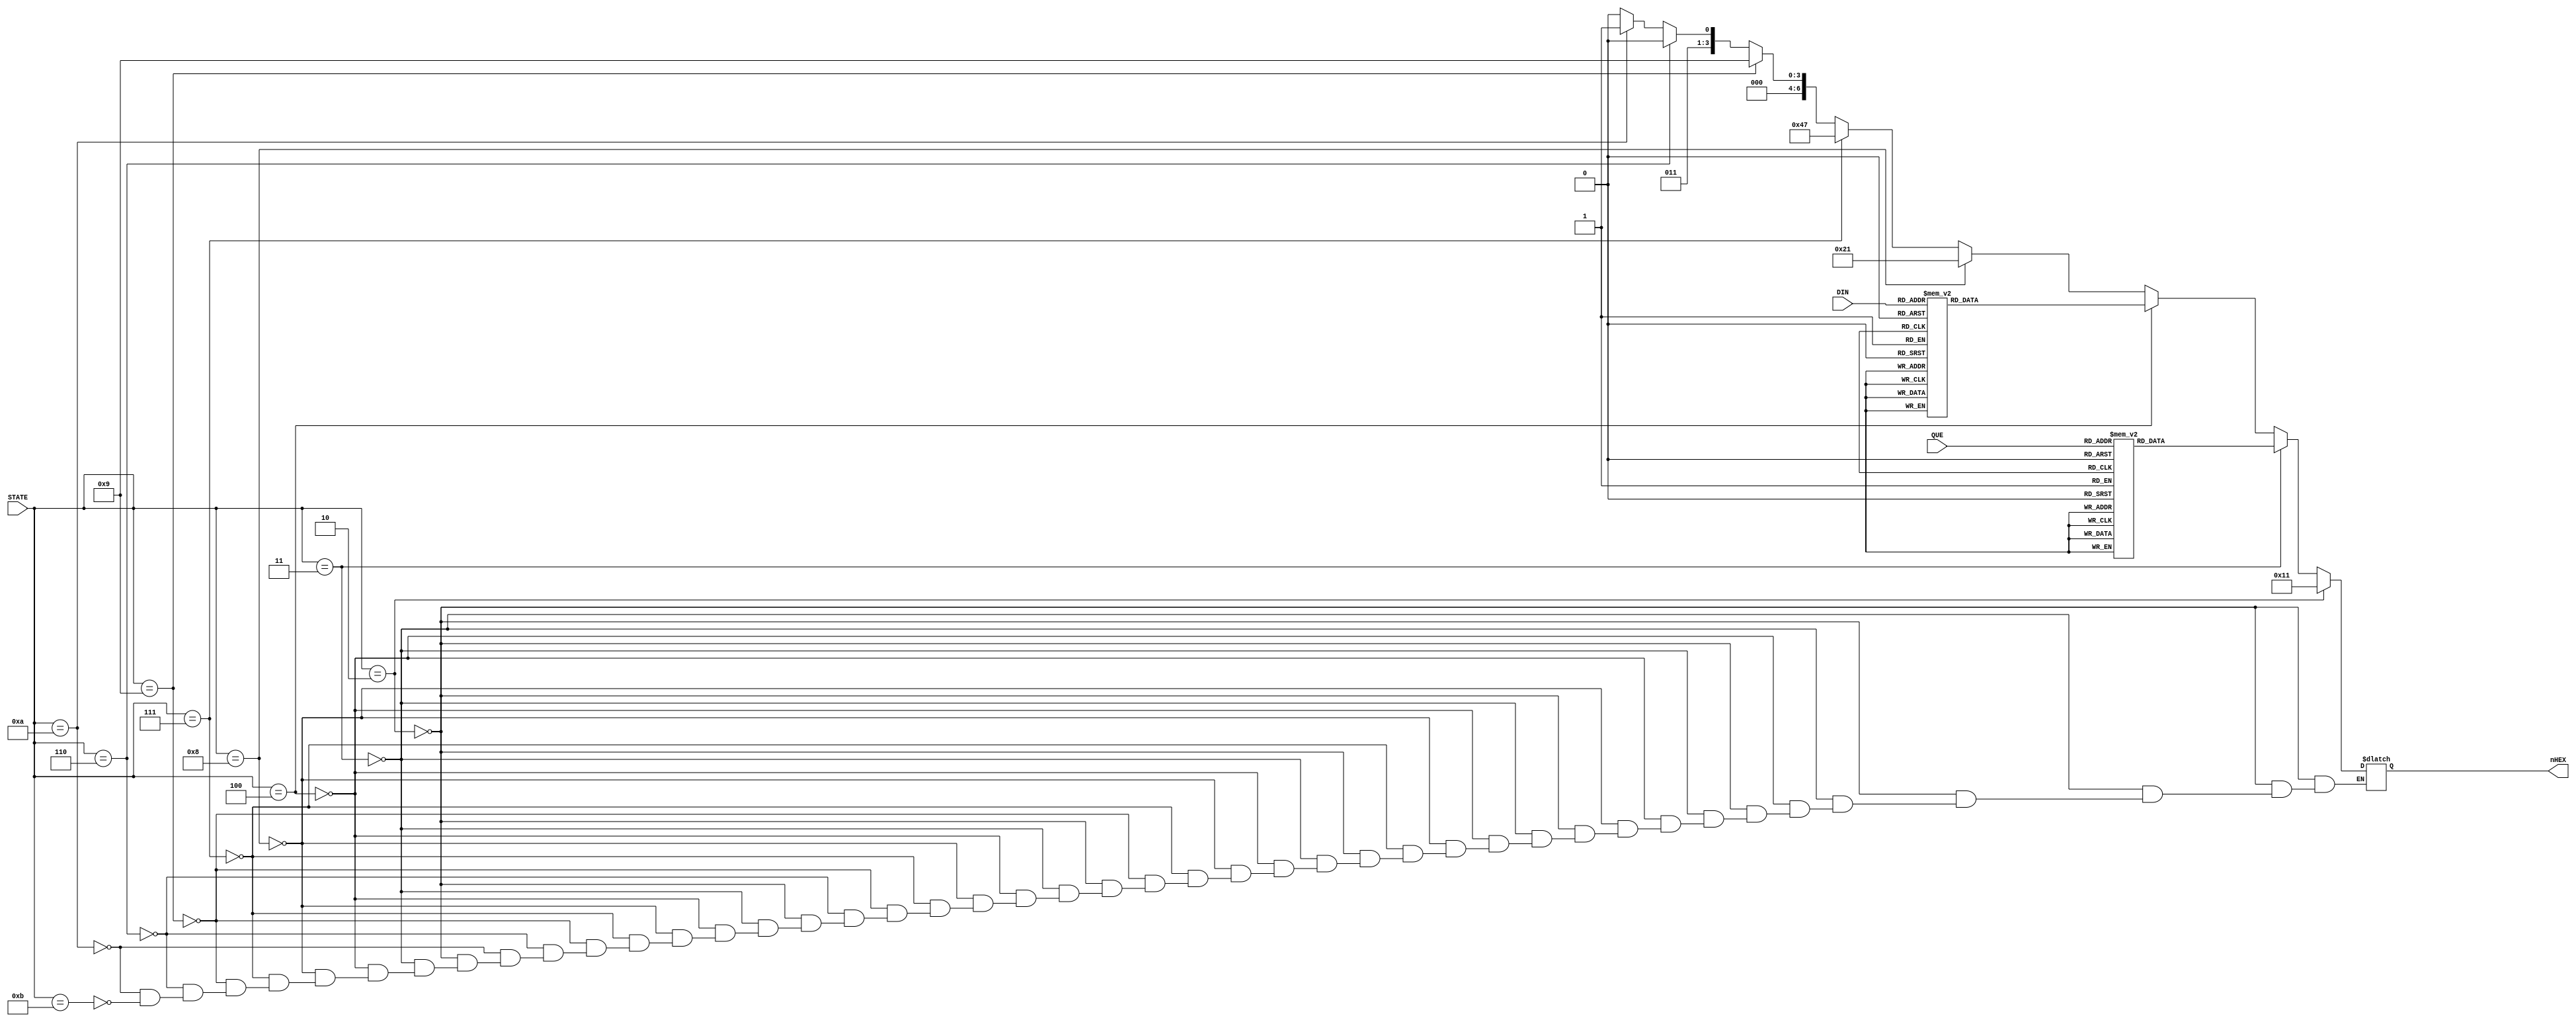
module SEG7DEC_1(
     //input CLK,
     input [3:0] STATE,
     input [3:0] DIN,//SEG_Q??4bit????????
     input [3:0] QUE,
     output reg [6:0] nHEX
);

always @* begin
    if(STATE == 4'b0010)begin//READY
        nHEX = 7'b0010001;//Y
    end 

    else if(STATE == 4'b0011)begin//QUESTION
        case(QUE)
            4'h0:	nHEX = 7'b1000000;
            4'h1:	nHEX = 7'b1111001;
            4'h2:	nHEX = 7'b0100100;
            4'h3:	nHEX = 7'b0110000;
            4'h4:	nHEX = 7'b0011001;
            4'h5:	nHEX = 7'b0010010;
            4'h6:	nHEX = 7'b0000010;
            4'h7:	nHEX = 7'b1011000;
            4'h8:	nHEX = 7'b0000000;
            4'h9:	nHEX = 7'b0010000;
            default:nHEX = 7'b1111111;
        endcase
    end
    else if(STATE == 4'b0100)begin//INPUT
        case(DIN)
            4'h0:	nHEX = 7'b0111111;//??
            4'h1:	nHEX = 7'b0100100;//2
            4'h2:	nHEX = 7'b0110000;//3
            4'h3:	nHEX = 7'b0010010;//5
            4'h4:	nHEX = 7'b1011000;//7
            4'h5:	nHEX = 7'b1111001;//1
            4'h6:	nHEX = 7'b0110000;//3
            4'h7:	nHEX = 7'b1011000;//7
            4'h8:	nHEX = 7'b0010000;//9
            4'h9:	nHEX = 7'b0110000;//3
            default:nHEX = 7'b1111111;//?????
        endcase
    end
    else if(STATE == 4'b1000)begin//GOOD
        nHEX = 7'b0100001;//D
    end
    else if(STATE == 4'b0111)begin//WRONG(fail)
        nHEX = 7'b1000111;//L
    end
    else if(STATE == 4'b1001)begin//OUCH
        nHEX = 7'b0001001;//H
    end
    else if(STATE == 4'b0110)begin//DRAW(tie)
        nHEX = 7'b0000110;//E
    end
    else if(STATE == 4'b1010)begin//WIN(beat)
        nHEX = 7'b0000111;//t
    end
    else if(STATE == 4'b1011)begin//LOSE
        nHEX = 7'b0000110;//E
    end
end


/*always @* begin
    case(STATE)
        4'b0010 : nHEX = 7'b1111011;
        4'b0011 : //nHEX = 7'b1000110;
            case(QUE)
                4'h0:	nHEX = 7'b1000000;
                4'h1:	nHEX = 7'b1111001;
                4'h2:	nHEX = 7'b0100100;
                4'h3:	nHEX = 7'b0110000;
                4'h4:	nHEX = 7'b0011001;
                4'h5:	nHEX = 7'b0010010;
                4'h6:	nHEX = 7'b0000010;
                4'h7:	nHEX = 7'b1011000;
                4'h8:	nHEX = 7'b0000000;
                4'h9:	nHEX = 7'b0010000;
                //default:nHEX = 7'b1111111;
            endcase
        4'b0100 :
            case(DIN)
                4'h0:	nHEX = 7'b0111111;//??
                4'h1:	nHEX = 7'b0100100;//2
                4'h2:	nHEX = 7'b0110000;//3
                4'h3:	nHEX = 7'b0010010;//5
                4'h4:	nHEX = 7'b1011000;//7
                4'h5:	nHEX = 7'b1111001;//1
                4'h6:	nHEX = 7'b0110000;//3
                4'h7:	nHEX = 7'b1011000;//7
                4'h8:	nHEX = 7'b0010000;//9
                4'h9:	nHEX = 7'b0110000;//3
                //default:nHEX = 7'b1111111;//?????
            endcase
    endcase
    
end*/





endmodule